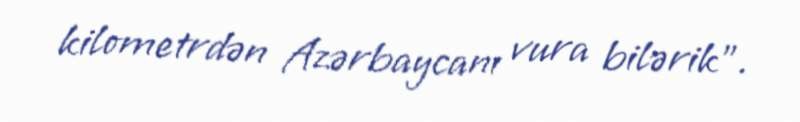
kilometrdən Azərbaycanı vura bilərik”.